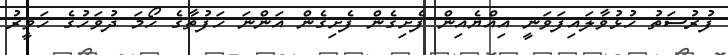
ފުރުސަތު ހުޅުވާލައިފަވަނީ އިއްޔެއިން ފެށިގެން ފެށިގެން އަންނަ ހަފުތާގެ ހޯމަ ދުވަހުގެ ހަވީރު